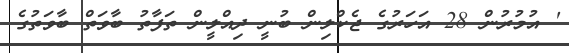
' އުމުރުން 28 އަހަރުގެ ޖެކްލިން ބުނީ ދިއްލީން ތަފާތު ބާވަތް ބާވަތުގެ